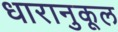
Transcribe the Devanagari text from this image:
धारानुकूल